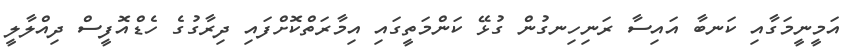
އަމީނީމަގާއި ކަނބާ އައިސާ ރަނިހިނގުން ގުޅޭ ކަންމަތީގައި އިމާރަތްކޮށްފައި ދިރާގުގެ ހެޑްއޮފީސް ދިއްލާލީ